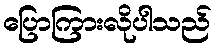
ပြောကြားလိုပါသည်